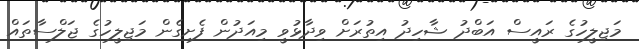
މަޖިލީހުގެ ރައީސް އަބްދު ޝާހިދު އިތުރަށް ވިދާޅުވީ މިއަދުން ފެށިގެން މަޖިލީހުގެ ޖަލްސާތައް